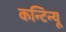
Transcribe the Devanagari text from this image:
कन्टिन्यू